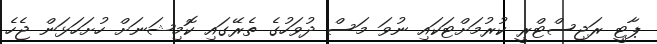
ޕާޓީ ރަޖިސްޓްރީ ކުރުމަށްޓަކައި ނުވަ މަސް ދުވަހުގެ ތެރޭގައި ކޮމިޝަނަށް ހުށަހަޅަން ޖެހެ